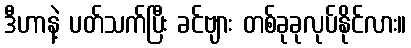
ဒီဟာနဲ့ ပတ်သက်ပြီး ခင်ဗျား တစ်ခုခုလုပ်နိုင်လား။